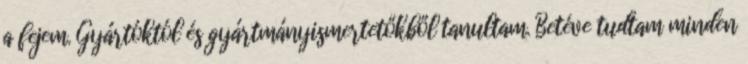
a fejem. Gyártóktól és gyártmányismertetőkből tanultam. Betéve tudtam minden